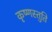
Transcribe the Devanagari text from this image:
कृष्णस्तुति